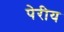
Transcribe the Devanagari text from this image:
पेरीय